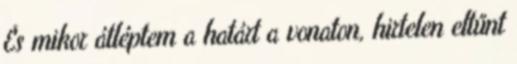
És mikor átléptem a határt a vonaton, hirtelen eltűnt